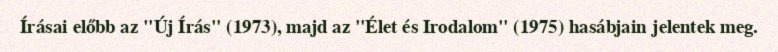
Írásai előbb az "Új Írás" (1973), majd az "Élet és Irodalom" (1975) hasábjain jelentek meg.